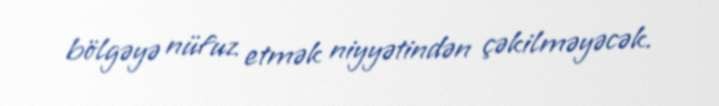
bölgəyə nüfuz etmək niyyətindən çəkilməyəcək.